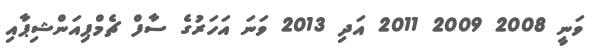
ވަނީ 2008 2009 2011 އަދި 2013 ވަނަ އަހަރުގެ ސާފް ޗެމްޕިއަންޝިޕާއި